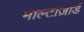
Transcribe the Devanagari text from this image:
माल्टाज़ार्ड